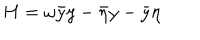
LaTeX: H = \omega \bar { y } y - \bar { \eta } y - \bar { y } \eta